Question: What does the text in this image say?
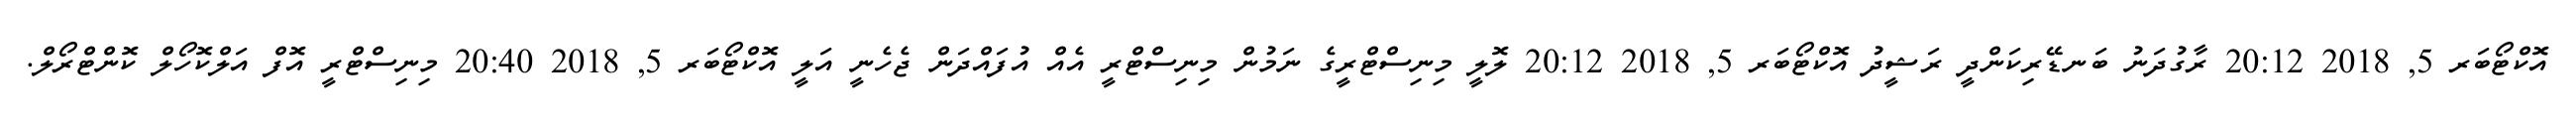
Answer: އޮކްޓޯބަރ 5, 2018 20:12 ރާގުދަނު ބަނޑޭރިކަންދީ ރަޝީދު އޮކްޓޯބަރ 5, 2018 20:12 ލޮލީ މިނިސްޓްރީގެ ނަމުން މިނިސްޓްރީ އެއް އުފައްދަން ޖެހެނީ އަލީ އޮކްޓޯބަރ 5, 2018 20:40 މިނިސްޓްރީ އޮފް އަލްކޮހޯލް ކޮންޓްރޯލް.